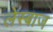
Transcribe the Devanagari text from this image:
लेस्बाज